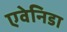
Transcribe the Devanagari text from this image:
एवेनिडा